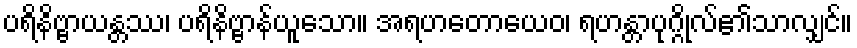
ပရိနိဗ္ဗာယန္တဿ၊ ပရိနိဗ္ဗာန်ယူသော။ အရဟတောယေဝ၊ ရဟန္တာပုဂ္ဂိုလ်၏သာလျှင်။